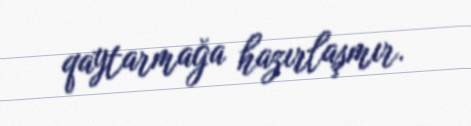
qaytarmağa hazırlaşmır.